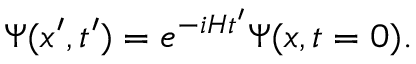
\Psi ( x ^ { \prime } , t ^ { \prime } ) = e ^ { - i H t ^ { \prime } } \Psi ( x , t = 0 ) .